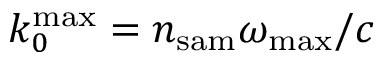
k _ { 0 } ^ { \mathrm { m a x } } = n _ { \mathrm { s a m } } \omega _ { \mathrm { m a x } } / c